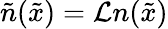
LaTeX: \tilde{n}(\tilde{x})=\mathcal{L}n(\tilde{x})